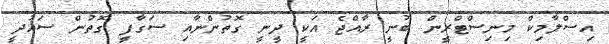
އިސްލާމިކް މިނިސްޓްރީން ބުނީ ރާއްޖެ އަކީ ދީނީ ގޮތުންނާއި ސަގާފީ ގޮތުން ސައުދީ